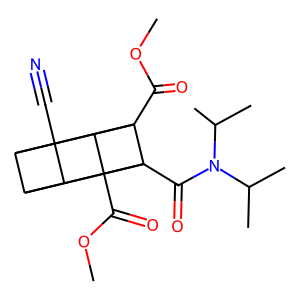
SMILES: COC(=O)C12C3C4C5C3(C#N)C1C5(C(=O)OC)C42C(=O)N(C(C)C)C(C)C
Inhibits HIV replication: No